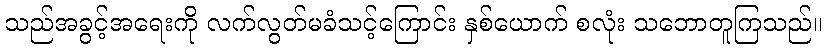
သည်အခွင့်အရေးကို လက်လွတ်မခံသင့်ကြောင်း နှစ်ယောက် စလုံး သဘောတူကြသည်။